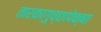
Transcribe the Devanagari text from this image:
तारकागुच्छापेक्षा